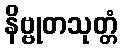
နိဗ္ဗုတသုတ္တံ